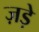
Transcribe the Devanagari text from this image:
ज़ड़े